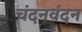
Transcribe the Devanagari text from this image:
चंदनवंदन